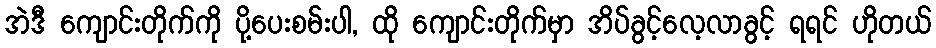
အဲဒီ ကျောင်းတိုက်ကို ပို့ပေးစမ်းပါ, ထို ကျောင်းတိုက်မှာ အိပ်ခွင့်လေ့လာခွင့် ရရင် ဟိုတယ်